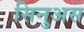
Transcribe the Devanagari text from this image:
सिनुअस